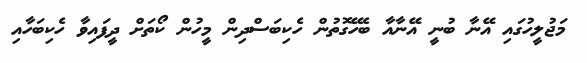
މަޖުލީހުގައި އޭނާ ބުނީ އޭނާއާ ބެހޭގޮތުން ހެކިބަސްދިން މީހުން ކޯތަށް ދީފައިވާ ހެކިބަހާއި